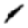
Digit: 1